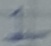
Text: 1